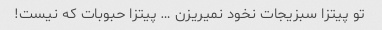
تو پیتزا سبزیجات نخود نمیریزن … پیتزا حبوبات که نیست!